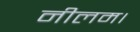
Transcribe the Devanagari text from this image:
नीलम।